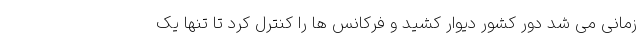
زمانی می شد دور کشور دیوار کشید و فرکانس ها را کنترل کرد تا تنها یک